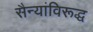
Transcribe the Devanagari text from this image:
सैन्यांविरूद्ध